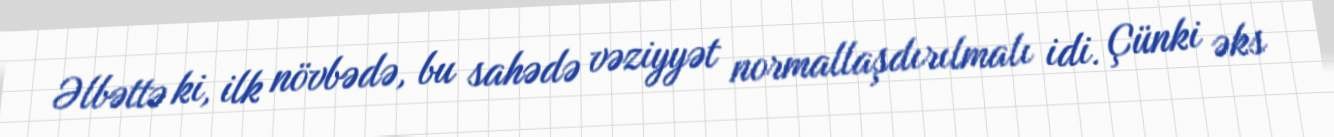
Əlbəttə ki, ilk növbədə, bu sahədə vəziyyət normallaşdırılmalı idi. Çünki əks